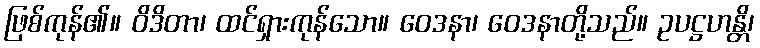
ဖြစ်ကုန်၏။ ဝိဒိတာ၊ ထင်ရှားကုန်သော။ ဝေဒနာ၊ ဝေဒနာတို့သည်။ ဥပဋ္ဌဟန္တိ၊